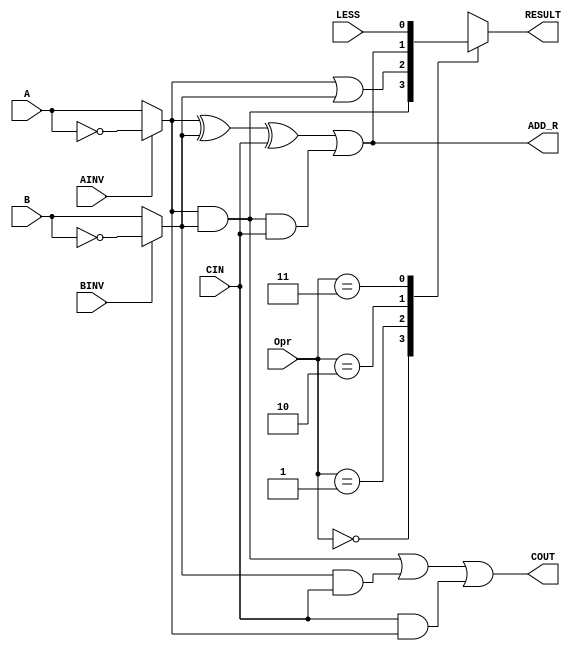
`timescale 1ns / 1ps
//////////////////////////////////////////////////////////////////////////////////
// Company: USC
// 
// Design Name: 
// Module Name: alu
// Project Name: 
// Target Devices: 
// Tool Versions: 
// Description: 
// 
// Dependencies: 
// 
// Revision:
// Revision 0.01 - File Created
// Additional Comments:
// 
//////////////////////////////////////////////////////////////////////////////////

module alu_1_bit (A, B, CIN, LESS, AINV, BINV, Opr, RESULT, COUT, ADD_R);

input A, B, CIN, LESS, AINV, BINV;
input [1:0] Opr;
output RESULT, ADD_R, COUT;

reg RESULT, COUT, ADD_R;
         
always @(*) 
  
	  begin  : combinational_logic 
	  reg RESULT_AND, RESULT_OR, RESULT_ADD_SUB, RESULT_SLT;
	  reg Am, Bm; // Am is the A at the output of the mux controlled by AINV; Similarly Bm
  
		Am = AINV ? 	~A : A	;  	
		Bm = BINV ? 	~B : B	;	

		
		RESULT_AND = 	Am & Bm	;
		RESULT_OR  = 	Am | Bm ;
		ADD_R = (Am ^ Bm ^ CIN) | (Am&Bm&CIN)	;
		RESULT_ADD_SUB = ADD_R;
		RESULT_SLT = LESS;
		COUT   = ((Am & Bm) | (Bm & CIN) | (CIN & Am))      ;
		
		case (Opr)
				0	: // 2'b00 Logical AND Function
				  	begin
					RESULT = RESULT_AND; 
				  	end
				1	: // 2'b01 Logical OR Function
				  	begin
					RESULT = RESULT_OR; 
				  	end 
				2	: // 2'b10 Arithmatic addition or subtract depending on the value of BINV
					begin        
					 RESULT = RESULT_ADD_SUB;
					end
				3	: // 2'b11 for the SLT A, B instruction ( if A < B, RESULT =1)
					begin
					 RESULT = RESULT_SLT;
					end
						
		  endcase
	   end 
endmodule //alu_1_bit

//-------------------------------------------------------------------------------

module alu(A, B, AINV, BNEG, Opr, RESULT, OVERFLOW, ZERO, COUT);

input [31:0] A, B;
input  AINV, BNEG;
input [1:0] Opr;

output[31:0] RESULT;
output OVERFLOW, ZERO, COUT;

wire COUT1, COUT2, COUT3, COUT4, COUT5,COUT6,COUT7,COUT8,COUT9,COUT10,COUT11,COUT12,COUT13,COUT14,COUT15,COUT16,
    COUT17,COUT18,COUT19,COUT20,COUT21,COUT22,COUT23,COUT24,COUT25,COUT26,
    COUT27,COUT28,COUT29,COUT30,COUT31,COUT32;
wire BINV, SET, LESS_0,CIN;
wire [31:0] ADD_R;

assign BINV = BNEG;
assign CIN = BNEG;

assign COUT = COUT32;
assign OVERFLOW = COUT32 ^ COUT31; 
assign SET = ADD_R[31];
assign LESS_0 =  OVERFLOW ? ~ SET : SET;
assign ZERO = (RESULT==0)?1:0;  

// module alu_1_bit (A, B, CIN, LESS, AINV, BINV, Opr, RESULT, COUT, ADD_R);
alu_1_bit alu0 (A[0], B[0], CIN, LESS_0, AINV, BINV, Opr, RESULT[0], COUT1, ADD_R[0]); 
alu_1_bit alu1 (A[1], B[1], COUT1, 1'b0, AINV, BINV, Opr, RESULT[1], COUT2, ADD_R[1]);
alu_1_bit alu2 (A[2], B[2], COUT2, 1'b0, AINV, BINV, Opr, RESULT[2], COUT3, ADD_R[2]);
alu_1_bit alu3 (A[3], B[3], COUT3, 1'b0, AINV, BINV, Opr, RESULT[3], COUT4, ADD_R[3]);
alu_1_bit alu4 (A[4], B[4], COUT4, 1'b0, AINV, BINV, Opr, RESULT[4], COUT5, ADD_R[4]);
alu_1_bit alu5 (A[5], B[5], COUT5, 1'b0, AINV, BINV, Opr, RESULT[5], COUT6, ADD_R[5]);
alu_1_bit alu6 (A[6], B[6], COUT6, 1'b0, AINV, BINV, Opr, RESULT[6], COUT7, ADD_R[6]);
alu_1_bit alu7 (A[7], B[7], COUT7, 1'b0, AINV, BINV, Opr, RESULT[7], COUT8, ADD_R[7]);
alu_1_bit alu8 (A[8], B[8], COUT8, 1'b0, AINV, BINV, Opr, RESULT[8], COUT9, ADD_R[8]);
alu_1_bit alu9 (A[9], B[9], COUT9, 1'b0, AINV, BINV, Opr, RESULT[9], COUT10, ADD_R[9]);

alu_1_bit alu10 (A[10], B[10], COUT10, 1'b0, AINV, BINV, Opr, RESULT[10], COUT11, ADD_R[10]);  
alu_1_bit alu11 (A[11], B[11], COUT11, 1'b0, AINV, BINV, Opr, RESULT[11], COUT12, ADD_R[11]); 
alu_1_bit alu12 (A[12], B[12], COUT12, 1'b0, AINV, BINV, Opr, RESULT[12], COUT13, ADD_R[12]); 
alu_1_bit alu13 (A[13], B[13], COUT13, 1'b0, AINV, BINV, Opr, RESULT[13], COUT14, ADD_R[13]); 
alu_1_bit alu14 (A[14], B[14], COUT14, 1'b0, AINV, BINV, Opr, RESULT[14], COUT15, ADD_R[14]); 
alu_1_bit alu15 (A[15], B[15], COUT15, 1'b0, AINV, BINV, Opr, RESULT[15], COUT16, ADD_R[15]); 
alu_1_bit alu16 (A[16], B[16], COUT16, 1'b0, AINV, BINV, Opr, RESULT[16], COUT17, ADD_R[16]);  
alu_1_bit alu17 (A[17], B[17], COUT17, 1'b0, AINV, BINV, Opr, RESULT[17], COUT18, ADD_R[17]); 
alu_1_bit alu18 (A[18], B[18], COUT18, 1'b0, AINV, BINV, Opr, RESULT[18], COUT19, ADD_R[18]); 
alu_1_bit alu19 (A[19], B[19], COUT19, 1'b0, AINV, BINV, Opr, RESULT[19], COUT20, ADD_R[19]); 

alu_1_bit alu20 (A[20], B[20], COUT20, 1'b0, AINV, BINV, Opr, RESULT[20], COUT21, ADD_R[20]); 
alu_1_bit alu21 (A[21], B[21], COUT21, 1'b0, AINV, BINV, Opr, RESULT[21], COUT22, ADD_R[21]); 
alu_1_bit alu22 (A[22], B[22], COUT22, 1'b0, AINV, BINV, Opr, RESULT[22], COUT23, ADD_R[22]); 
alu_1_bit alu23 (A[23], B[23], COUT23, 1'b0, AINV, BINV, Opr, RESULT[23], COUT24, ADD_R[23]); 
alu_1_bit alu24 (A[24], B[24], COUT24, 1'b0, AINV, BINV, Opr, RESULT[24], COUT25, ADD_R[24]); 
alu_1_bit alu25 (A[25], B[25], COUT25, 1'b0, AINV, BINV, Opr, RESULT[25], COUT26, ADD_R[25]); 
alu_1_bit alu26 (A[26], B[26], COUT26, 1'b0, AINV, BINV, Opr, RESULT[26], COUT27, ADD_R[26]);  
alu_1_bit alu27 (A[27], B[27], COUT27, 1'b0, AINV, BINV, Opr, RESULT[27], COUT28, ADD_R[27]); 
alu_1_bit alu28 (A[28], B[28], COUT28, 1'b0, AINV, BINV, Opr, RESULT[28], COUT29, ADD_R[28]); 
alu_1_bit alu29 (A[29], B[29], COUT29, 1'b0, AINV, BINV, Opr, RESULT[29], COUT30, ADD_R[29]); 

alu_1_bit alu30 (A[30], B[30], COUT30, 1'b0, AINV, BINV, Opr, RESULT[30], COUT31, ADD_R[30]);
alu_1_bit alu31 (A[31], B[31], COUT31, 1'b0, AINV, BINV, Opr, RESULT[31], COUT32, ADD_R[31]);
      
endmodule